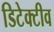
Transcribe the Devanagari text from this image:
डिटेक्टीव